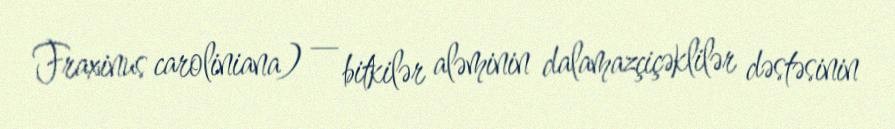
Fraxinus caroliniana) — bitkilər aləminin dalamazçiçəklilər dəstəsinin